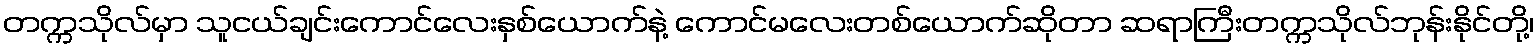
တက္ကသိုလ်မှာ သူငယ်ချင်းကောင်လေးနှစ်ယောက်နဲ့ ကောင်မလေးတစ်ယောက်ဆိုတာ ဆရာကြီးတက္ကသိုလ်ဘုန်းနိုင်တို့၊